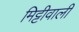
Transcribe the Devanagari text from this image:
मिट्टीवाली